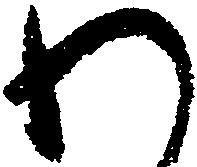
わ